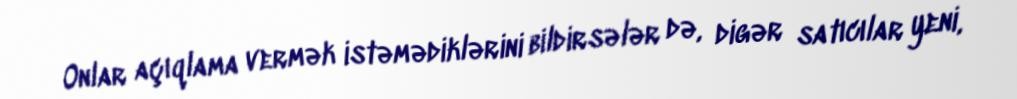
Onlar açıqlama vermək istəmədiklərini bildirsələr də, digər satıcılar yeni,